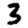
Digit: 3